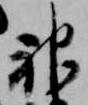
神